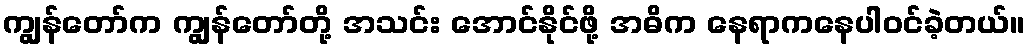
ကျွန်တော်က ကျွန်တော်တို့ အသင်း အောင်နိုင်ဖို့ အဓိက နေရာကနေပါဝင်ခဲ့တယ်။